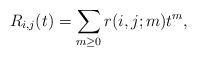
LaTeX: \begin{align*} R_{i,j}(t) = \sum_{m\geq 0} r(i,j;m) t^m,\end{align*}